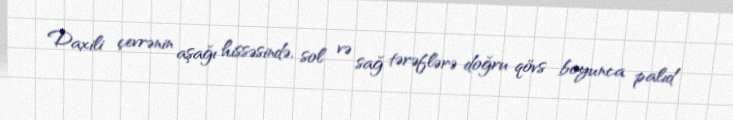
Daxili çevrənin aşağı hissəsində, sol və sağ tərəflərə doğru qövs boyunca palıd